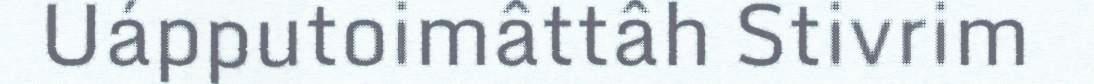
Uápputoimâttâh Stivrim